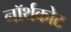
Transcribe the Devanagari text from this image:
नॉर्थकोट